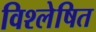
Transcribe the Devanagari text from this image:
विश्‍लेषित